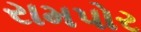
રામપોર